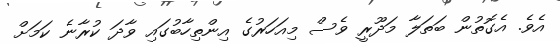
އެވެ. އެގޮތުން ބަތަލާ މަދޫރީ ވެސް މިއަހަރުގެ އިންތިހާބުގައި ވާދަ ކުރާނެ ކަމަށް